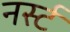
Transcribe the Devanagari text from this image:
नर्स्ट